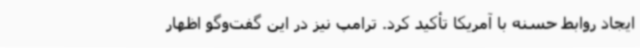
ایجاد روابط حسنه با آمریکا تأکید کرد. ترامپ نیز در این گفت‌وگو اظهار